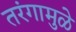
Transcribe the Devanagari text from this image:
तरंगामुळे